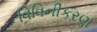
વિવિનીકરણ